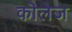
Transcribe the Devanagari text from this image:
कॊलेज